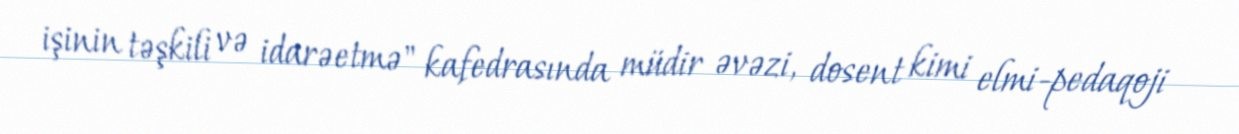
işinin təşkili və idarəetmə" kafedrasında müdir əvəzi, dosent kimi elmi-pedaqoji